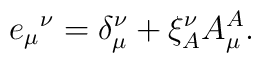
{e_\mu}^\nu=\delta^\nu_\mu+\xi^\nu_A A_\mu^A.